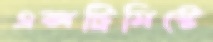
এক্সট্রিমিস্টে